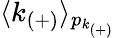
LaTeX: \langle k_{(+)}\rangle_{p_{k_{(+)}}}